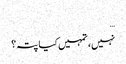
…
نہیں، تمہیں کیا پتہ؟